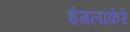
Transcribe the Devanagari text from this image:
इंगलाकेरे